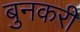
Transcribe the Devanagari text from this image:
बुनकरी